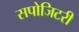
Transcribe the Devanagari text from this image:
सपोजिटरी